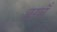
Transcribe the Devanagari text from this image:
सवँ